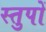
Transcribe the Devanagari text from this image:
स्तुपों